Scottish Leaving Certificate Examination, 1956
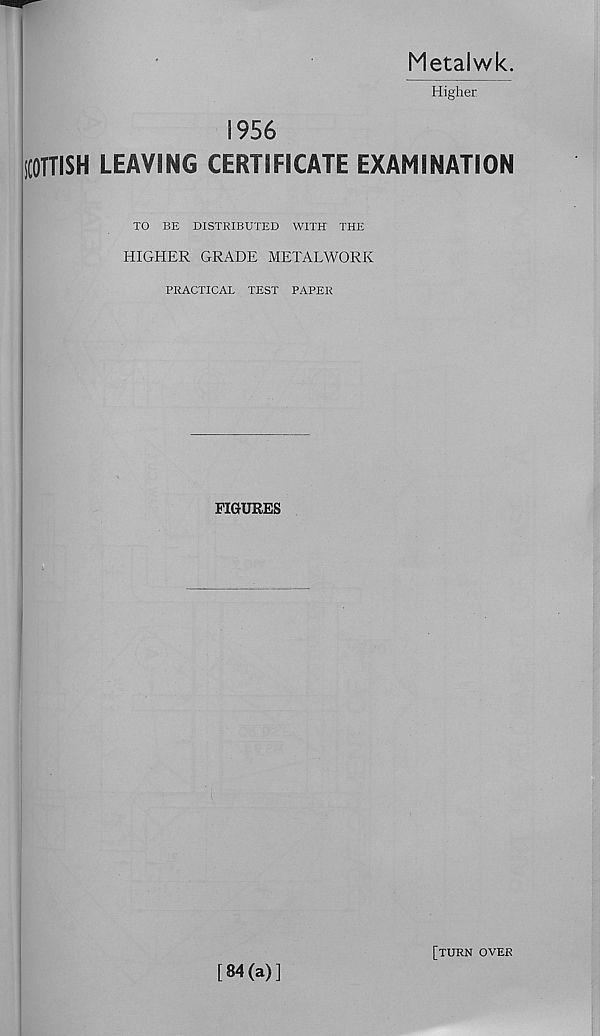
Metalwk.
Higher
1956
SCOTTISH LEAVING CERTIFICATE EXAMINATION
TO BE DISTRIBUTED WITH THE
HIGHER GRADE METALWORK
PRACTICAL TEST PAPER
FIGURES
I
[84(a)]
[turn over